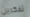
تفكرين